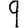
Digit: 9